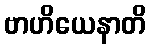
ဗာဟိယေနာတိ